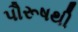
પૌરૂષથી